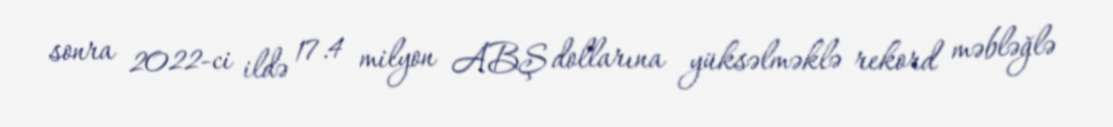
sonra 2022-ci ildə 17.4 milyon ABŞ dollarına yüksəlməklə rekord məbləğlə